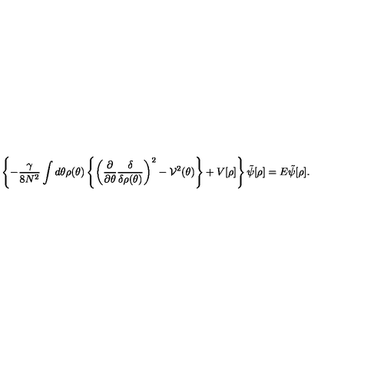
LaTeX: \left\{ - \frac { \gamma } { 8 N ^ { 2 } } \int d \theta \rho ( \theta ) \left\{ \left( \frac { \partial } { \partial \theta } \frac { \delta } { \delta \rho ( \theta ) } \right) ^ { 2 } - { \cal V } ^ { 2 } ( \theta ) \right\} + V [ \rho ] \right\} \tilde { \psi } [ \rho ] = E \tilde { \psi } [ \rho ] .